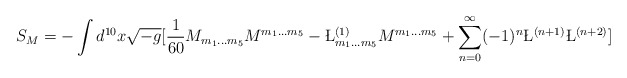
\begin{align*}S_M=-\int d^{10}x\sqrt{-g}[{1\over{60}}M_{m_1...m_5}M^{m_1...m_5}-\L^{(1)}_{m_1...m_5}{M}^{m_1...m_5}+\sum_{n=0}^{\infty}(-1)^n\L^{(n+1)}\L^{(n+2)}]\end{align*}